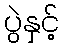
ပွဲနှင့်